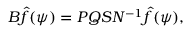
B \hat { f } ( \psi ) = P Q S N ^ { - 1 } \hat { f } ( \psi ) ,